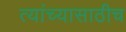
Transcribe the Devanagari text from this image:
त्यांच्यासाठीच